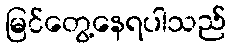
မြင်တွေ့နေရပါသည်